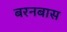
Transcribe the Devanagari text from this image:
बरनबास